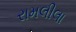
રામલીલા